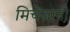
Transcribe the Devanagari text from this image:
मिचेंजानी